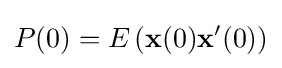
P(0)=E\left({\mathbf {x} }(0){\mathbf {x} }'(0)\right)